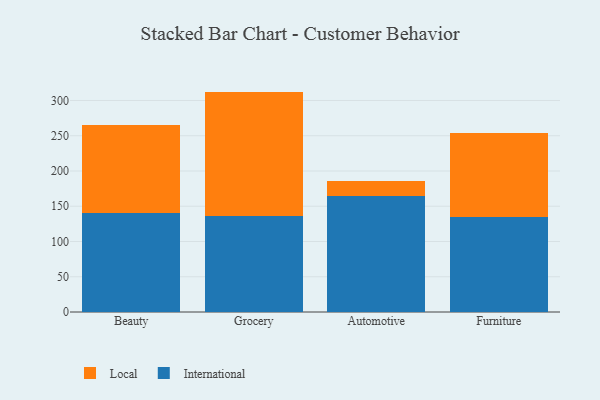
{"axis": {"x": "Category", "y": "Churn Rate (%)"}, "legend": ["International", "Local"], "data": [{"x": "Beauty", "y": 139.9, "type": "International"}, {"x": "Beauty", "y": 126.0, "type": "Local"}, {"x": "Grocery", "y": 136.7, "type": "International"}, {"x": "Grocery", "y": 175.9, "type": "Local"}, {"x": "Automotive", "y": 164.4, "type": "International"}, {"x": "Automotive", "y": 21.4, "type": "Local"}, {"x": "Furniture", "y": 135.0, "type": "International"}, {"x": "Furniture", "y": 118.8, "type": "Local"}]}